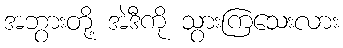
အဘွားတို့ အဲဒီကို သွားကြသေးလား